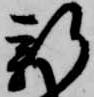
新